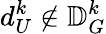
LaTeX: d_{U}^{k}\notin\mathbb{D}_{G}^{k}